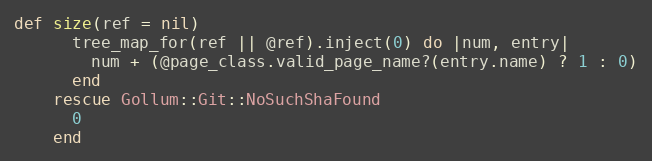
Language: Ruby
def size(ref = nil)
      tree_map_for(ref || @ref).inject(0) do |num, entry|
        num + (@page_class.valid_page_name?(entry.name) ? 1 : 0)
      end
    rescue Gollum::Git::NoSuchShaFound
      0
    end